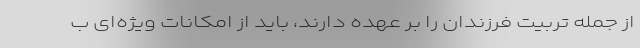
از جمله تربیت فرزندان را بر عهده دارند، باید از امکانات ویژه‌ای ب